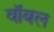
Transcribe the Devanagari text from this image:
वॉबल